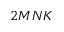
2 M N K